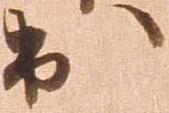
出